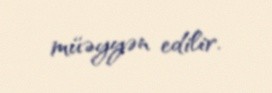
müəyyən edilir.